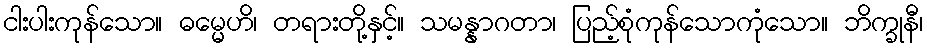
ငါးပါးကုန်သော။ ဓမ္မေဟိ၊ တရားတို့နှင့်။ သမန္နာဂတာ၊ ပြည့်စုံကုန်သောကုံသော။ ဘိက္ခုနီ၊